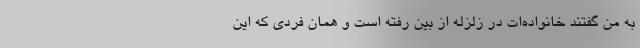
به من گفتند خانواده‌ات در زلزله از بین رفته است و همان فردی که این